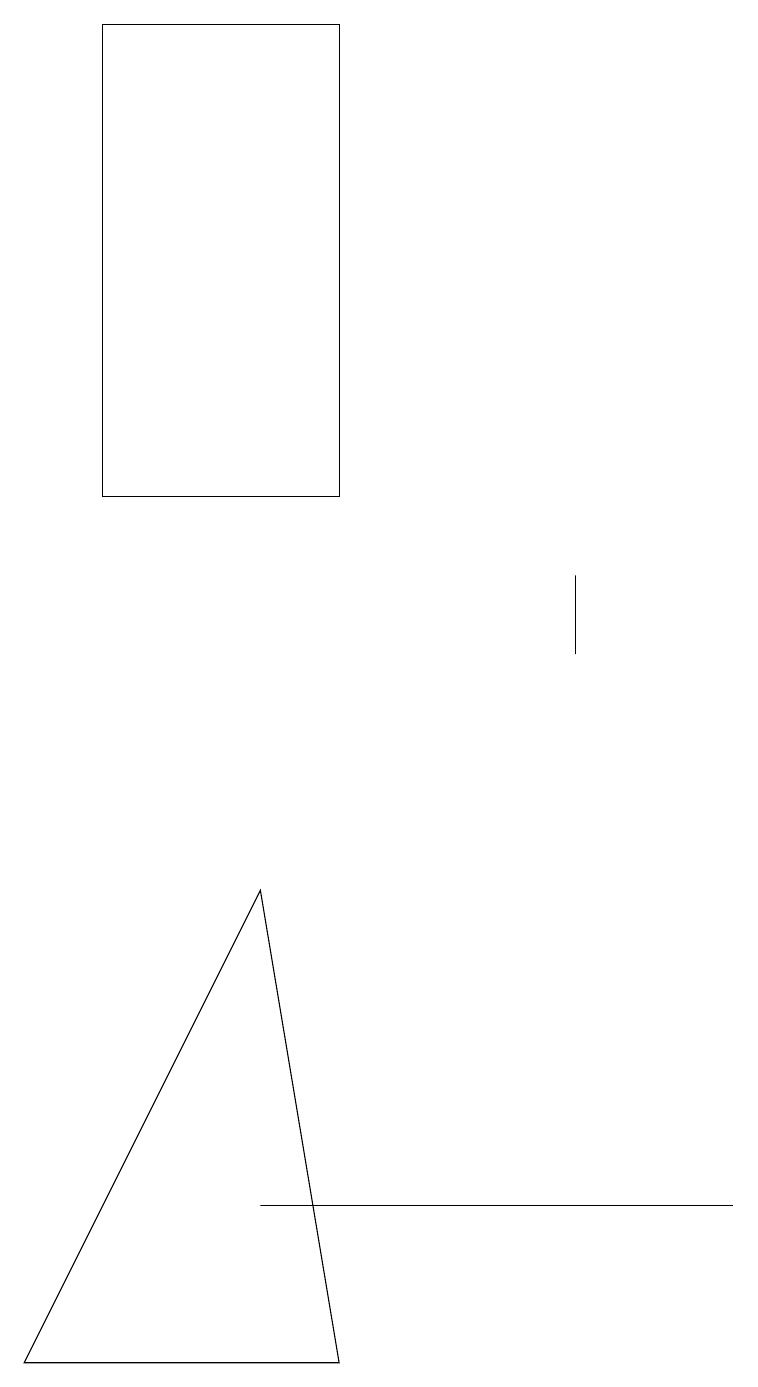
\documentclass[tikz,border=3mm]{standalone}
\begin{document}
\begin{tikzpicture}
\draw (0,1) -- (4,1) -- (3,7) -- cycle;
\draw (7,11) rectangle (7,10);
\draw (1,18) rectangle (4,12);
\draw (9,3) -- (7,3) -- (3,3) -- cycle;
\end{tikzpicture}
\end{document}